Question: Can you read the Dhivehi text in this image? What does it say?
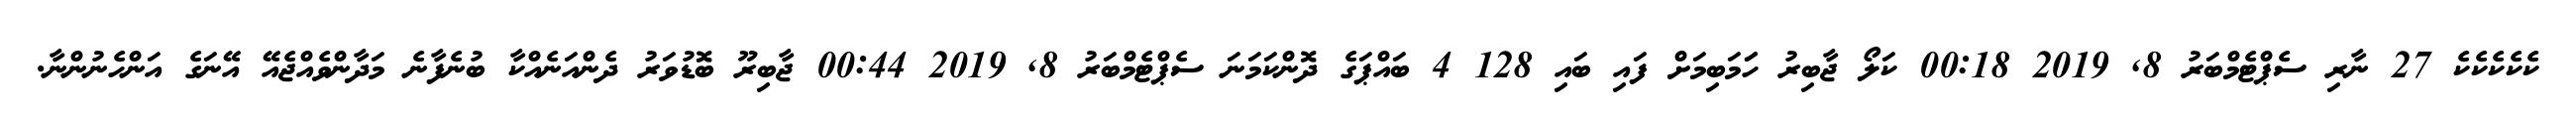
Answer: ކެކެކެކެކެ 27 ނާރި ސެޕްޓެމްބަރު 8, 2019 00:18 ކަލޯ ޖާބިރު ހަަމަބިމަށް ފައި ބައި 128 4 ބައްޕަގެ ދޮންކަމަނަ ސެޕްޓެމްބަރު 8, 2019 00:44 ޖާބިރޫ ބޮޑުވަރު ދެންއަނެއްކާ ބުނެފާނެ މަދާންވެއްޖެއޭ އޭނަގެ އަންހެނުންނާ.